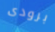
برودى